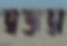
অজ্ঞতা